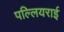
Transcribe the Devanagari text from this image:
पल्लियराई